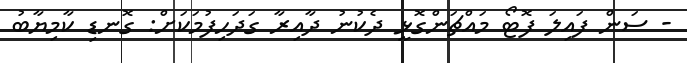
- ސަން ފައިލަ ފޮޓޯ މައްޗަންގޮޅީ ދެކުނު ދާއިރާ ގަދަހިފުމަކަށް: ގޮނޑި ކާމިޔާބު